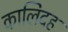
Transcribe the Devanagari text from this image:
कालिदह